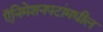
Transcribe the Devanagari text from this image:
ऍनिमेशनपटांमधील